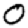
Digit: 0